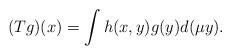
LaTeX: \begin{align*}(Tg)(x)=\int h(x,y)g(y)d(\mu y).\end{align*}